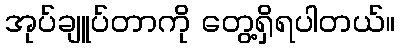
အုပ်ချူပ်တာကို တွေ့ရှိရပါတယ်။